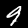
Label: 9